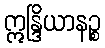
ဣန္ဒြိယာနဉ္စ